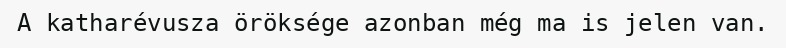
A katharévusza öröksége azonban még ma is jelen van.